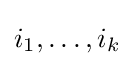
i_{1},\dots ,i_{k}